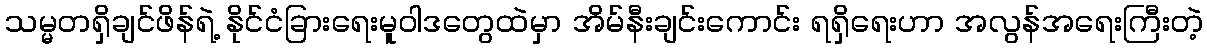
သမ္မတရှိချင်ဖိန်ရဲ့ နိုင်ငံခြားရေးမူဝါဒတွေထဲမှာ အိမ်နီးချင်းကောင်း ရရှိရေးဟာ အလွန်အရေးကြီးတဲ့